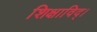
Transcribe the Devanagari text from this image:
शिक्षाविद्।